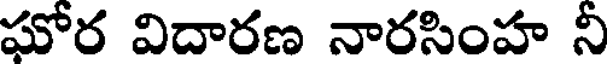
ఘోర విదారణ నారసింహ నీ